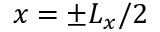
x = \pm L _ { x } / 2